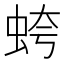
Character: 𧊘